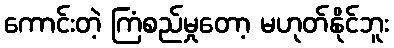
ကောင်းတဲ့ ကြံစည်မှုတော့ မဟုတ်နိုင်ဘူး